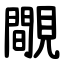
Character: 覸